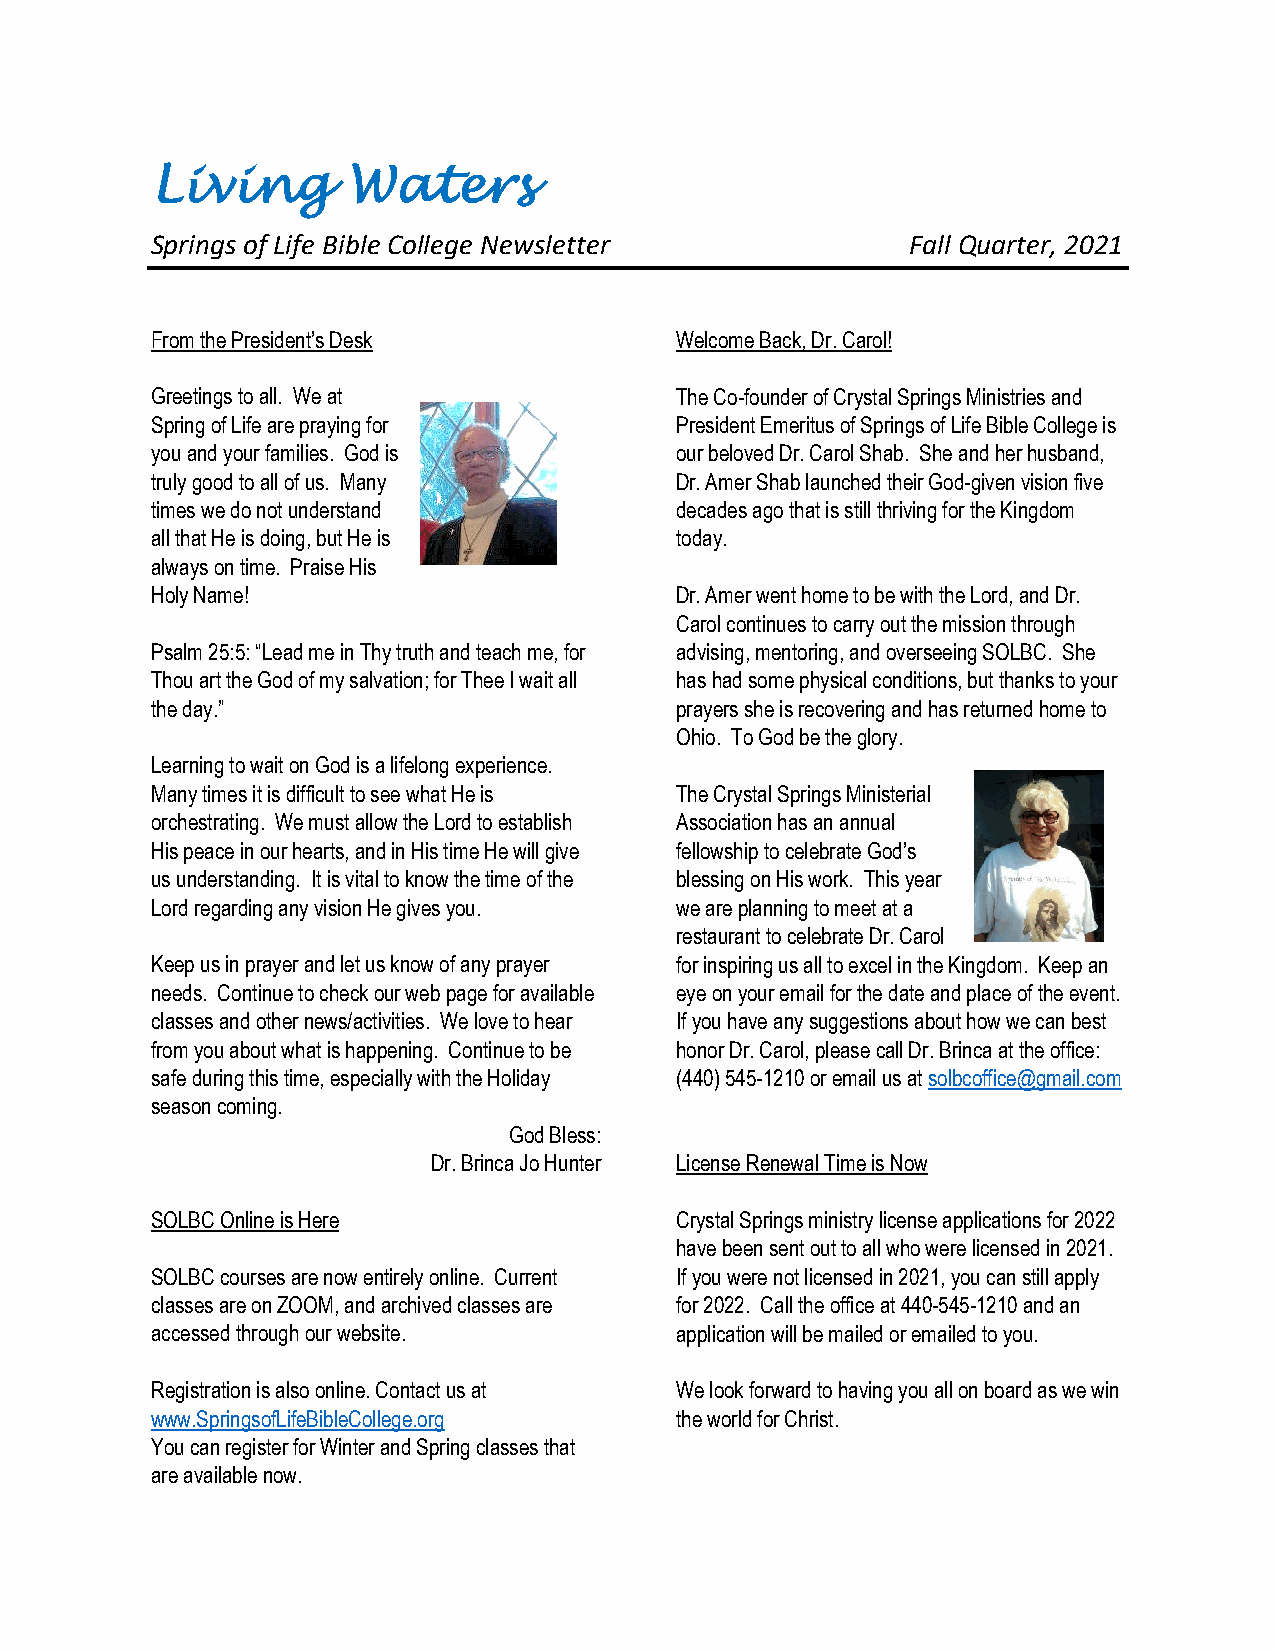
Living       Waters
 Springs of Life Bible College Newsletter          Fall Quarter, 2021
 From the President’s Desk          Welcome Back, Dr. Carol!
 Greetings to all. We at            The Co-founder of Crystal Springs Ministries and
 Spring of Life are praying for     President Emeritus of Springs of Life Bible College is
 you and your families. God is      our beloved Dr. Carol Shab. She and her husband,
 truly good to all of us. Many      Dr. Amer Shab launched their God-given vision five
 times we do not understand         decades ago that is still thriving for the Kingdom
 all that He is doing, but He is    today.
 always on time. Praise His
 Holy Name!                         Dr. Amer went home to be with the Lord, and Dr.
 Carol continues to carry out the mission through
 Psalm 25:5: “Lead me in Thy truth and teach me, for advising, mentoring, and overseeing SOLBC. She
 Thou art the God of my salvation; for Thee I wait all has had some physical conditions, but thanks to your
 the day.”                          prayers she is recovering and has returned home to
 Ohio. To God be the glory.
 Learning to wait on God is a lifelong experience.
 Many times it is difficult to see what He is The Crystal Springs Ministerial
 orchestrating. We must allow the Lord to establish Association has an annual
 His peace in our hearts, and in His time He will give fellowship to celebrate God’s
 us understanding. It is vital to know the time of the blessing on His work. This year
 Lord regarding any vision He gives you. we are planning to meet at a
 restaurant to celebrate Dr. Carol
 Keep us in prayer and let us know of any prayer for inspiring us all to excel in the Kingdom. Keep an
 needs. Continue to check our web page for available eye on your email for the date and place of the event.
 classes and other news/activities. We love to hear If you have any suggestions about how we can best
 from you about what is happening. Continue to be honor Dr. Carol, please call Dr. Brinca at the office:
 safe during this time, especially with the Holiday (440) 545-1210 or email us at solbcoffice@gmail.com
 season coming.
 God Bless:
 Dr. Brinca Jo Hunter License Renewal Time is Now
 SOLBC Online is Here               Crystal Springs ministry license applications for 2022
 have been sent out to all who were licensed in 2021.
 SOLBC courses are now entirely online. Current If you were not licensed in 2021, you can still apply
 classes are on ZOOM, and archived classes are for 2022. Call the office at 440-545-1210 and an
 accessed through our website.      application will be mailed or emailed to you.
 Registration is also online. Contact us at We look forward to having you all on board as we win
 www.SpringsofLifeBibleCollege.org  the world for Christ.
 You can register for Winter and Spring classes that
 are available now.